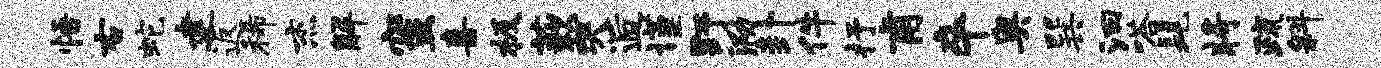
悟右蛇建返稀杰解蜜喜极蔌哭逅谨野泐卦件抒甫卒奥巽汩嗒髦将疏斜